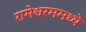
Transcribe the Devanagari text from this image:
रामेश्वरममध्ये